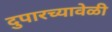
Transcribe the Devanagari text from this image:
दुपारच्यावेळी